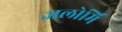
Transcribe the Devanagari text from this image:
जलोर्मि